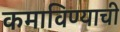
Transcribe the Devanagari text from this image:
कमाविण्याची